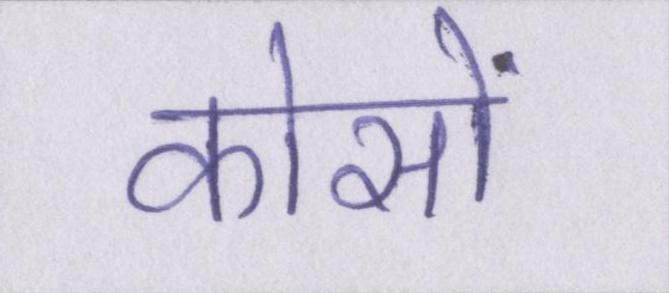
कोसों